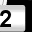
Digit: 2